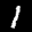
Label: 1